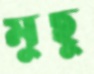
মুছু